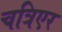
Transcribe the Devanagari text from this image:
चत्रिएर